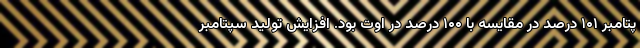
پتامبر ۱۰۱ درصد در مقایسه با ۱۰۰ درصد در اوت بود. افزایش تولید سپتامبر